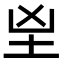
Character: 𡉰